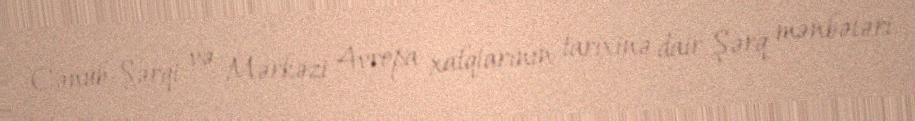
Cənub-Şərqi və Mərkəzi Avropa xalqlarının tarixinə dair Şərq mənbələri.